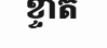
ខ្ទាត